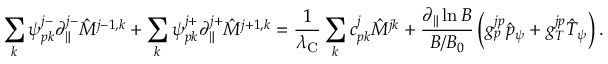
\sum _ { k } \psi _ { p k } ^ { j - } \partial _ { \| } ^ { j - } \hat { M } ^ { j - 1 , k } + \sum _ { k } \psi _ { p k } ^ { j + } \partial _ { \| } ^ { j + } \hat { M } ^ { j + 1 , k } = \frac { 1 } { \lambda _ { \mathrm { C } } } \sum _ { k } c _ { p k } ^ { j } \hat { M } ^ { j k } + \frac { \partial _ { \| } \ln B } { B / B _ { 0 } } \left( g _ { p } ^ { j p } \hat { p } _ { \psi } + g _ { T } ^ { j p } \hat { T } _ { \psi } \right) .